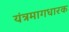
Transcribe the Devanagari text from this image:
यंत्रमागधारक